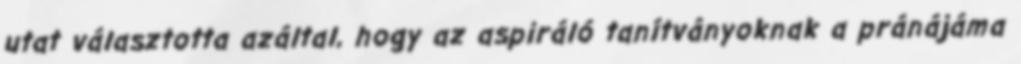
utat választotta azáltal, hogy az aspiráló tanítványoknak a pránájáma